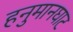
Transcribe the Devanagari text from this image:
हनुमानघाट